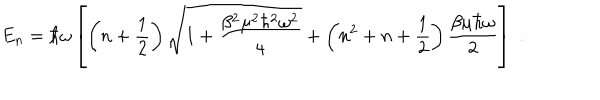
LaTeX: E _ { n } = \hbar \omega \left[ \left( n + \frac { 1 } { 2 } \right) \sqrt { 1 + \frac { \beta ^ { 2 } \mu ^ { 2 } \hbar ^ { 2 } \omega ^ { 2 } } { 4 } } + \left( n ^ { 2 } + n + \frac { 1 } { 2 } \right) \frac { \beta \mu \hbar \omega } { 2 } \right] \; .